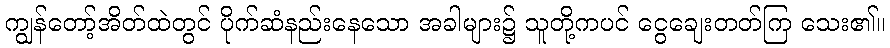
ကျွန်တော့်အိတ်ထဲတွင် ပိုက်ဆံနည်းနေသော အခါများ၌ သူတို့ကပင် ငွေချေးတတ်ကြ သေး၏။